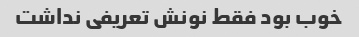
خوب بود فقط نونش تعریفی نداشت